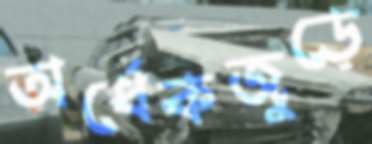
অর্ধেকজুড়ে